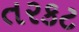
તરકટ